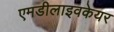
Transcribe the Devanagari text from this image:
एमडीलाइवकेयर